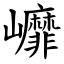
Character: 㠧